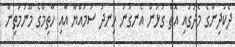
ދެކުދިންގެ މެދުގައި އޮތް ގުޅުން އެނގުނު ހިނދު ސުމައްޔާ އާއި ހާތިމްގެ މޫނުމަތިން